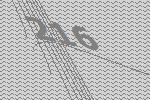
216